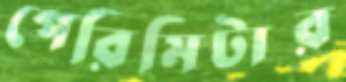
পেরিমিটার